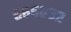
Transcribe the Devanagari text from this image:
५६५६३२